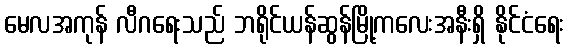
မေလအကုန် လီဂရေးသည် ဘရိုင်ယန်ဆွန်မြို့ကလေးအနီးရှိ နိုင်ငံရေး